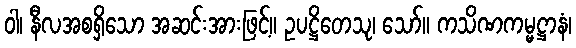
ဝါ၊ နီလအစရှိသော အဆင်းအားဖြင့်။ ဥပဋ္ဌိတေသု၊ သော်။ ကသိဏကမ္မဋ္ဌာနံ၊